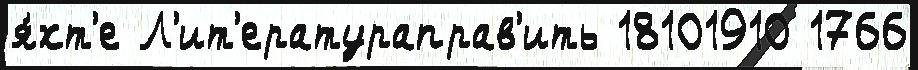
я́хт'е Л'ит'ератураправ'ить 18101910 1766